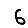
Digit: 6